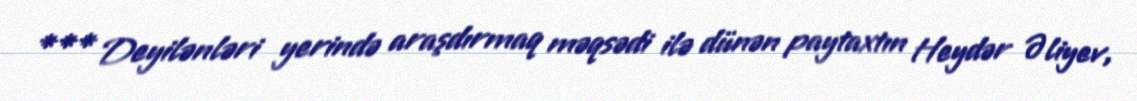
*** Deyilənləri yerində araşdırmaq məqsədi ilə dünən paytaxtın Heydər Əliyev,